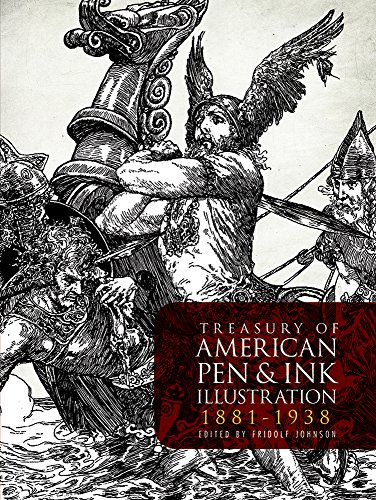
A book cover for Treasury of American Pen & Ink Illustration 1881-1938 (Dover Fine Art, History of Art); Arts & Photography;